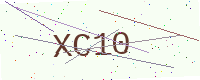
Text: XC10